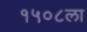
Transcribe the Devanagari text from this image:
१५०८ला